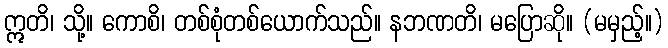
ဣတိ၊ သို့။ ကောစိ၊ တစ်စုံတစ်ယောက်သည်။ နဘဏတိ၊ မပြောဆို။ (မမှည့်။)